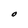
Character: O